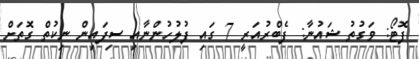
ފޮޓޯ: ވަގުތު ޝައުނާ: ފެބްރުއަރީ 7 ގައި ފުލުހުންނާއި ސިފައިން ނިކުތް ގޮތަށް